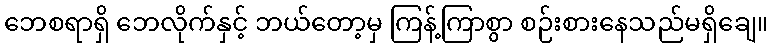
ဘေစရာရှိ ဘေလိုက်နှင့် ဘယ်တော့မှ ကြန့်ကြာစွာ စဉ်းစားနေသည်မရှိချေ။